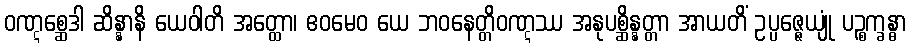
ဝဏ္ဋစ္ဆေဒါ ဆိန္နာနိ ယေဝါတိ အတ္ထော၊ ဧဝမေဝ ယေ ဘဝနေတ္တိဝဏ္ဋဿ အနုပစ္ဆိန္နတ္တာ အာယတိံ ဥပ္ပဇ္ဇေယျုံ ပဉ္စက္ခန္ဓာ